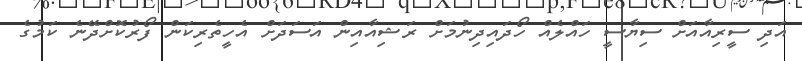
އަދި ސީރިއާއަށް ސިޔާސީ ހައްލެއް ހޯދައިދިނުމަށް ރަޝިއާއިން އަސަދަށް އެހީތެރިކަން ފޯރުކޮށްދޭނެ ކަމުގެ